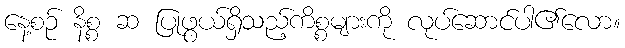
နေ့စဉ် နိစ္စ ဆ ပြုဖွယ်ရှိသည့်ကိစ္စများကို လုပ်ဆောင်ပါ၏လော။